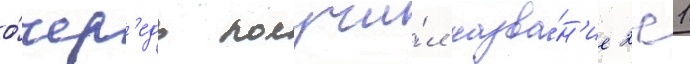
о́чер'едь получи́л назва́н'ие 2с1